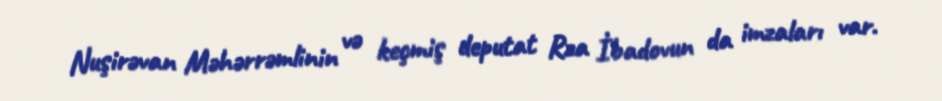
Nuşirəvan Məhərrəmlinin və keçmiş deputat Rza İbadovun da imzaları var.